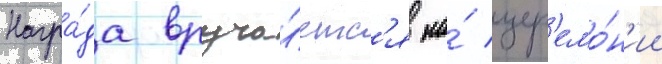
Награ́да вруча́етс'я на́ цер'емо́н'ии